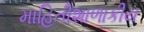
માહિતીશાળાકીય